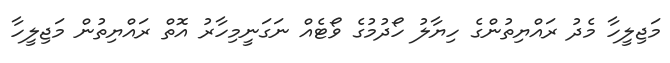
މަޖިލީހާ މެދު ރައްޔިތުންގެ ހިޔާލު ހޯދުމުގެ ވޯޓެއް ނަގަނީމިހާރު އޮތް ރައްޔިތުން މަޖިލީހާ